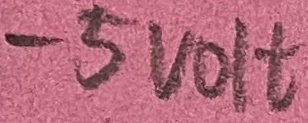
Text: -5VOLT